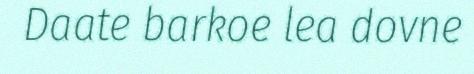
Daate barkoe lea dovne